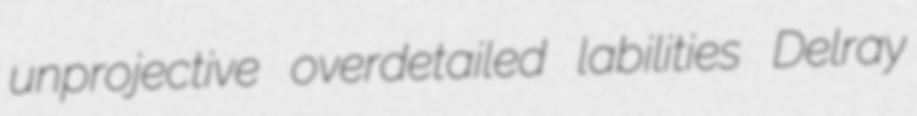
unprojective overdetailed labilities Delray